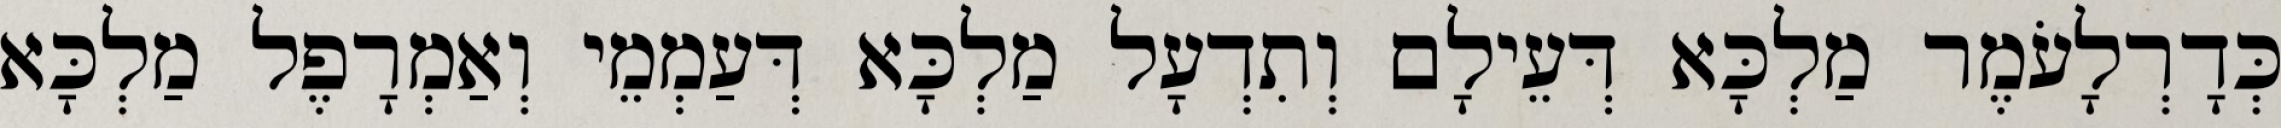
כְּדָרְלָעֹמֶר מַלְכָּא דְּעֵילָם וְתִדְעָל מַלְכָּא דְּעַמְמֵי וְאַמְרָפֶל מַלְכָּא